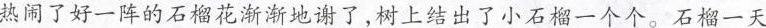
热闹了好一阵的石榴花渐渐地谢了，树上结出了小石榴一个个。石榴一天